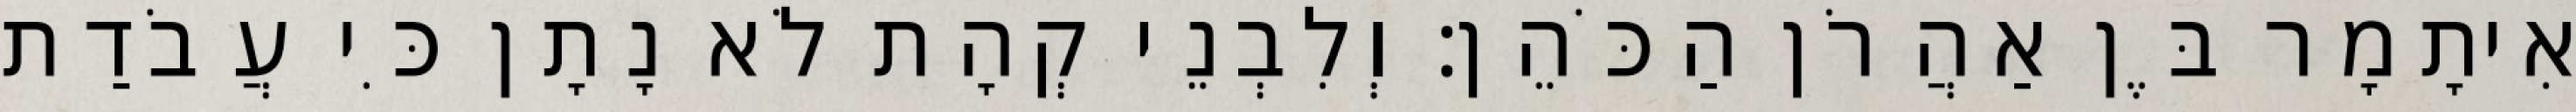
אִיתָמָר בֶּן אַהֲרֹן הַכֹּהֵן׃ וְלִבְנֵי קְהָת לֹא נָתָן כִּי עֲבֹדַת